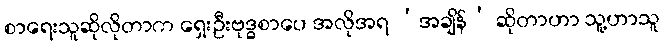
စာရေးသူဆိုလိုတာက ရှေးဦးဗုဒ္ဓစာပေ အလိုအရ ‘အချိန်’ ဆိုတာဟာ သူ့ဟာသူ